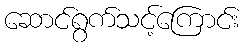
ဆောင်ရွက်သင့်ကြောင်း